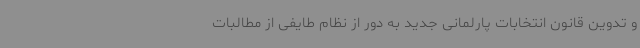
و تدوین قانون انتخابات پارلمانی جدید به دور از نظام طایفی از مطالبات